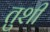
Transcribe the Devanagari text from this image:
तुशीं